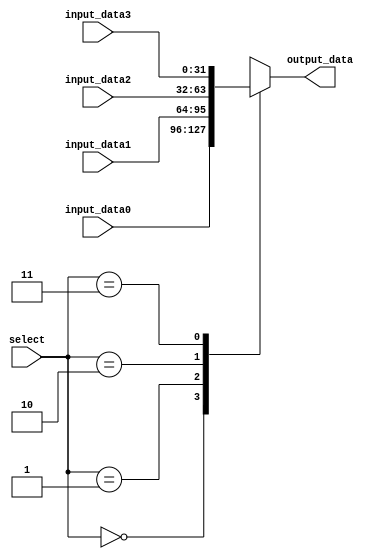
module mux_2bit(output_data, input_data0, input_data1, input_data2, input_data3, select);
  parameter word_size = 32;

  // inputs
  input [1:0] select;
  input [word_size-1:0] input_data0, input_data1, input_data2, input_data3;

  // output
  output reg [word_size-1:0] output_data;

  // select the input
  always @(input_data0 or input_data1 or input_data2 or input_data3 or select) begin
    case (select)
      0: output_data <= input_data0;
      1: output_data <= input_data1;
      2: output_data <= input_data2;
      3: output_data <= input_data3;
      default: output_data <= 0;
    endcase
  end
endmodule